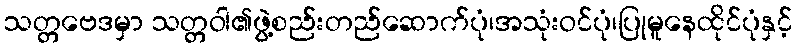
သတ္တဗေဒမှာ သတ္တဝါ၏ဖွဲ့စည်းတည်ဆောက်ပုံ၊အသုံးဝင်ပုံ၊ပြုမူနေထိုင်ပုံနှင့်